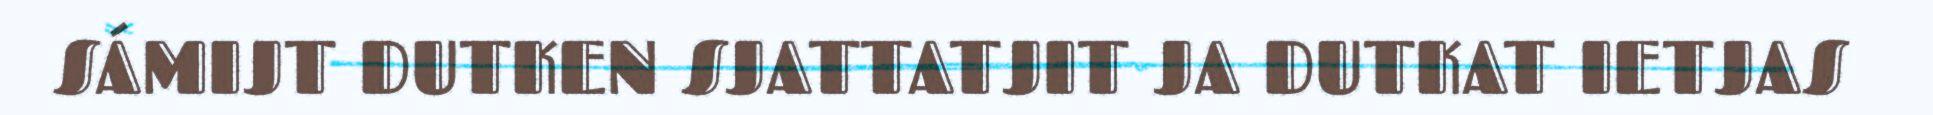
SÁMIJT DUTKEN SJATTATJIT JA DUTKAT IETJAS